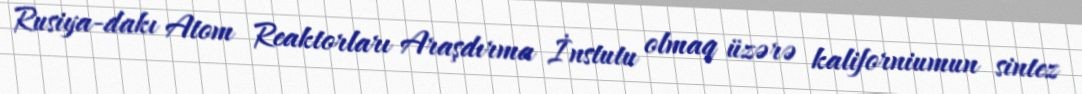
Rusiya-dakı Atom Reaktorları Araşdırma İnstutu olmaq üzərə kaliforniumun sintez